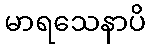
မာရသေနာပိ